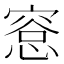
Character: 𪬛